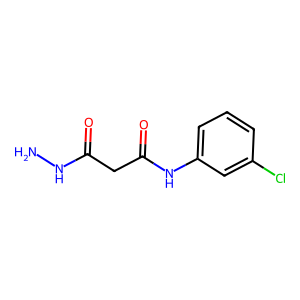
SMILES: NNC(=O)CC(=O)Nc1cccc(Cl)c1
Inhibits HIV replication: No